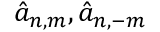
\hat { a } _ { n , m } , \hat { a } _ { n , - m }